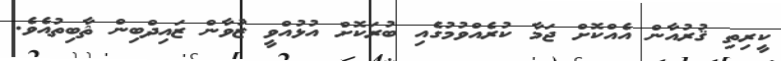
ކީރިތި ޤުރުއާން އެއްކޮށް ޖަމާ ކުރެއްވުމުގެއި ބުރަކޮށް އުޅުއްވީ ޒުވާން ޒައިދްބިން ޘާބިތުއެވެ.